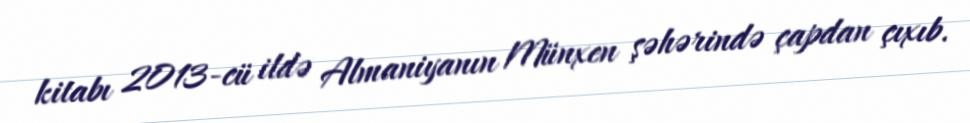
kitabı 2013-cü ildə Almaniyanın Münxen şəhərində çapdan çıxıb.